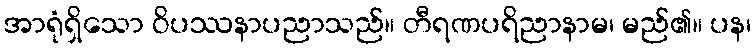
အာရုံရှိသော ဝိပဿနာပညာသည်။ တီရဏပရိညာနာမ၊ မည်၏။ ပန၊